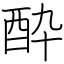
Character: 酔